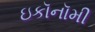
ઇકૉનૉમી